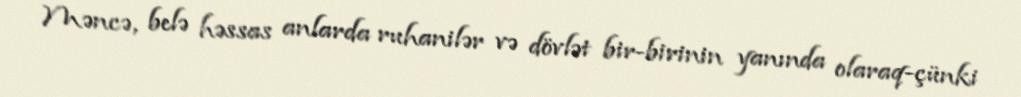
Məncə, belə həssas anlarda ruhanilər və dövlət bir-birinin yanında olaraq-çünki